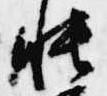
帳